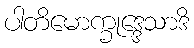
ပါတိမောက္ခုဒ္ဒေသာဒိ